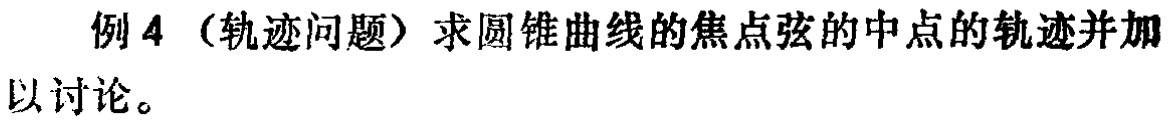
例 4（轨迹问题）求圆锥曲线的焦点弦的中点的轨迹并加以讨论。